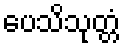
ပေသိသုတ္တံ